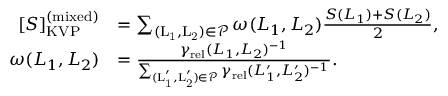
\begin{array} { r l } { [ S ] _ { \mathrm { K V P } } ^ { \mathrm { ( m i x e d ) } } } & { = \sum _ { \mathrm { ( L _ { 1 } , L _ { 2 } ) } \in \mathcal { P } } \omega ( L _ { 1 } , L _ { 2 } ) \frac { S ( L _ { 1 } ) + S ( L _ { 2 } ) } { 2 } , } \\ { \omega ( L _ { 1 } , L _ { 2 } ) } & { = \frac { \gamma _ { \mathrm { r e l } } ( L _ { 1 } , L _ { 2 } ) ^ { - 1 } } { \sum _ { \mathrm { ( L _ { 1 } ^ { \prime } , L _ { 2 } ^ { \prime } ) } \in \mathcal { P } } \gamma _ { \mathrm { r e l } } ( L _ { 1 } ^ { \prime } , L _ { 2 } ^ { \prime } ) ^ { - 1 } } . } \end{array}